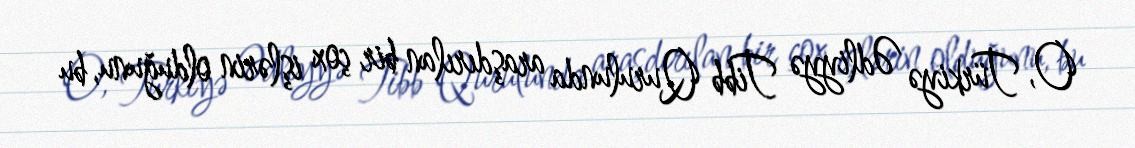
O, Türkiyə Ədliyyə Tibb Qurulunda araşdırılan bir çox işlərin olduğunu, bu